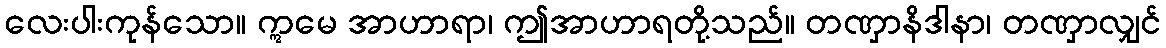
လေးပါးကုန်သော။ ဣမေ အာဟာရာ၊ ဤအာဟာရတို့သည်။ တဏှာနိဒါနာ၊ တဏှာလျှင်